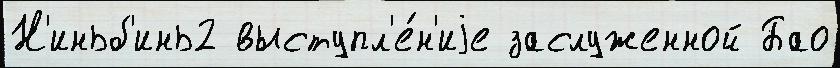
Н'иньб'инь2 выступл'е́н'иjе заслуженной Бао